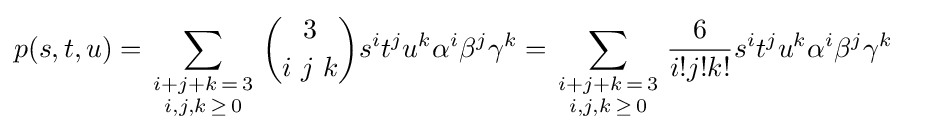
{\begin{aligned}p(s,t,u)&=\sum _{\begin{smallmatrix}i+j+k\,=\,3\\i,j,k\,\geq \,0\end{smallmatrix}}{3 \choose i\ j\ k}s^{i}t^{j}u^{k}\alpha ^{i}\beta ^{j}\gamma ^{k}=\sum _{\begin{smallmatrix}i+j+k\,=\,3\\i,j,k\,\geq \,0\end{smallmatrix}}{\frac {6}{i!j!k!}}s^{i}t^{j}u^{k}\alpha ^{i}\beta ^{j}\gamma ^{k}\end{aligned}}